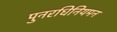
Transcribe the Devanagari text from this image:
पुनरधिनियमन